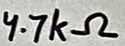
Text: 4.7kΩ